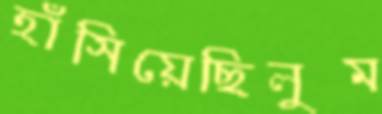
হাঁসিয়েছিলুম